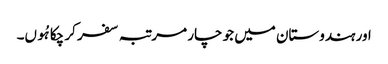
اور ہندوستان میں جو چار مرتبہ سفر کر چکا ہُوں۔